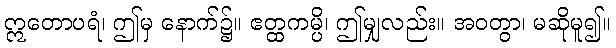
ဣတောပရံ၊ ဤမှ နောက်၌။ ဧတ္ထကမ္ပိ၊ ဤမျှလည်း။ အဝတွာ၊ မဆိုမူ၍။